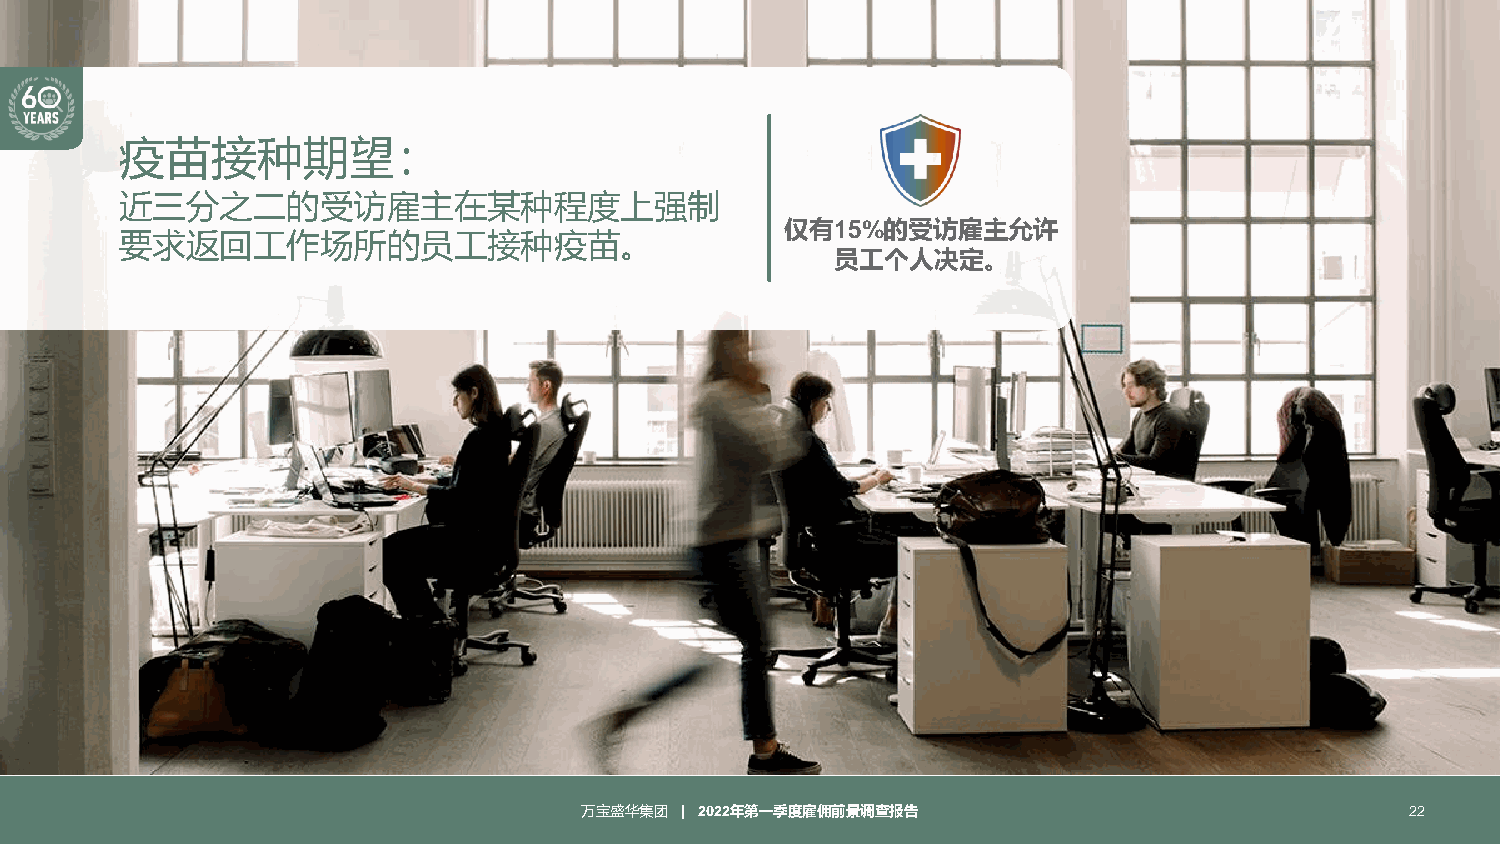
疫苗接种期望：
 近三分之二的受访雇主在某种程度上强制
 仅有15%的受访雇主允许
 要求返回工作场所的员工接种疫苗。
 员工个人决定。
 万宝盛华集团 | 2022年第一季度雇佣前景调查报告                             22